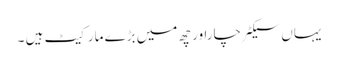
یہاں سیکٹر چاراور چھ میں بڑے مارکیٹ ہیں ۔